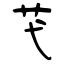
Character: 芅